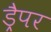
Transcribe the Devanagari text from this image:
ड्रैपर